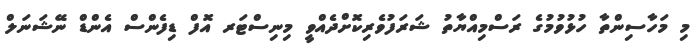
މި މަހާސިންތާ ހުޅުވުމުގެ ރަސްމިއްޔާތު ޝަރަފުވެރިކޮށްދެއްވީ މިނިސްޓަރ އޮފް ޑިފެންސް އެންޑް ނޭޝަނަލް